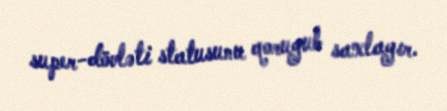
super-dövləti statusunu qoruyub saxlayır.